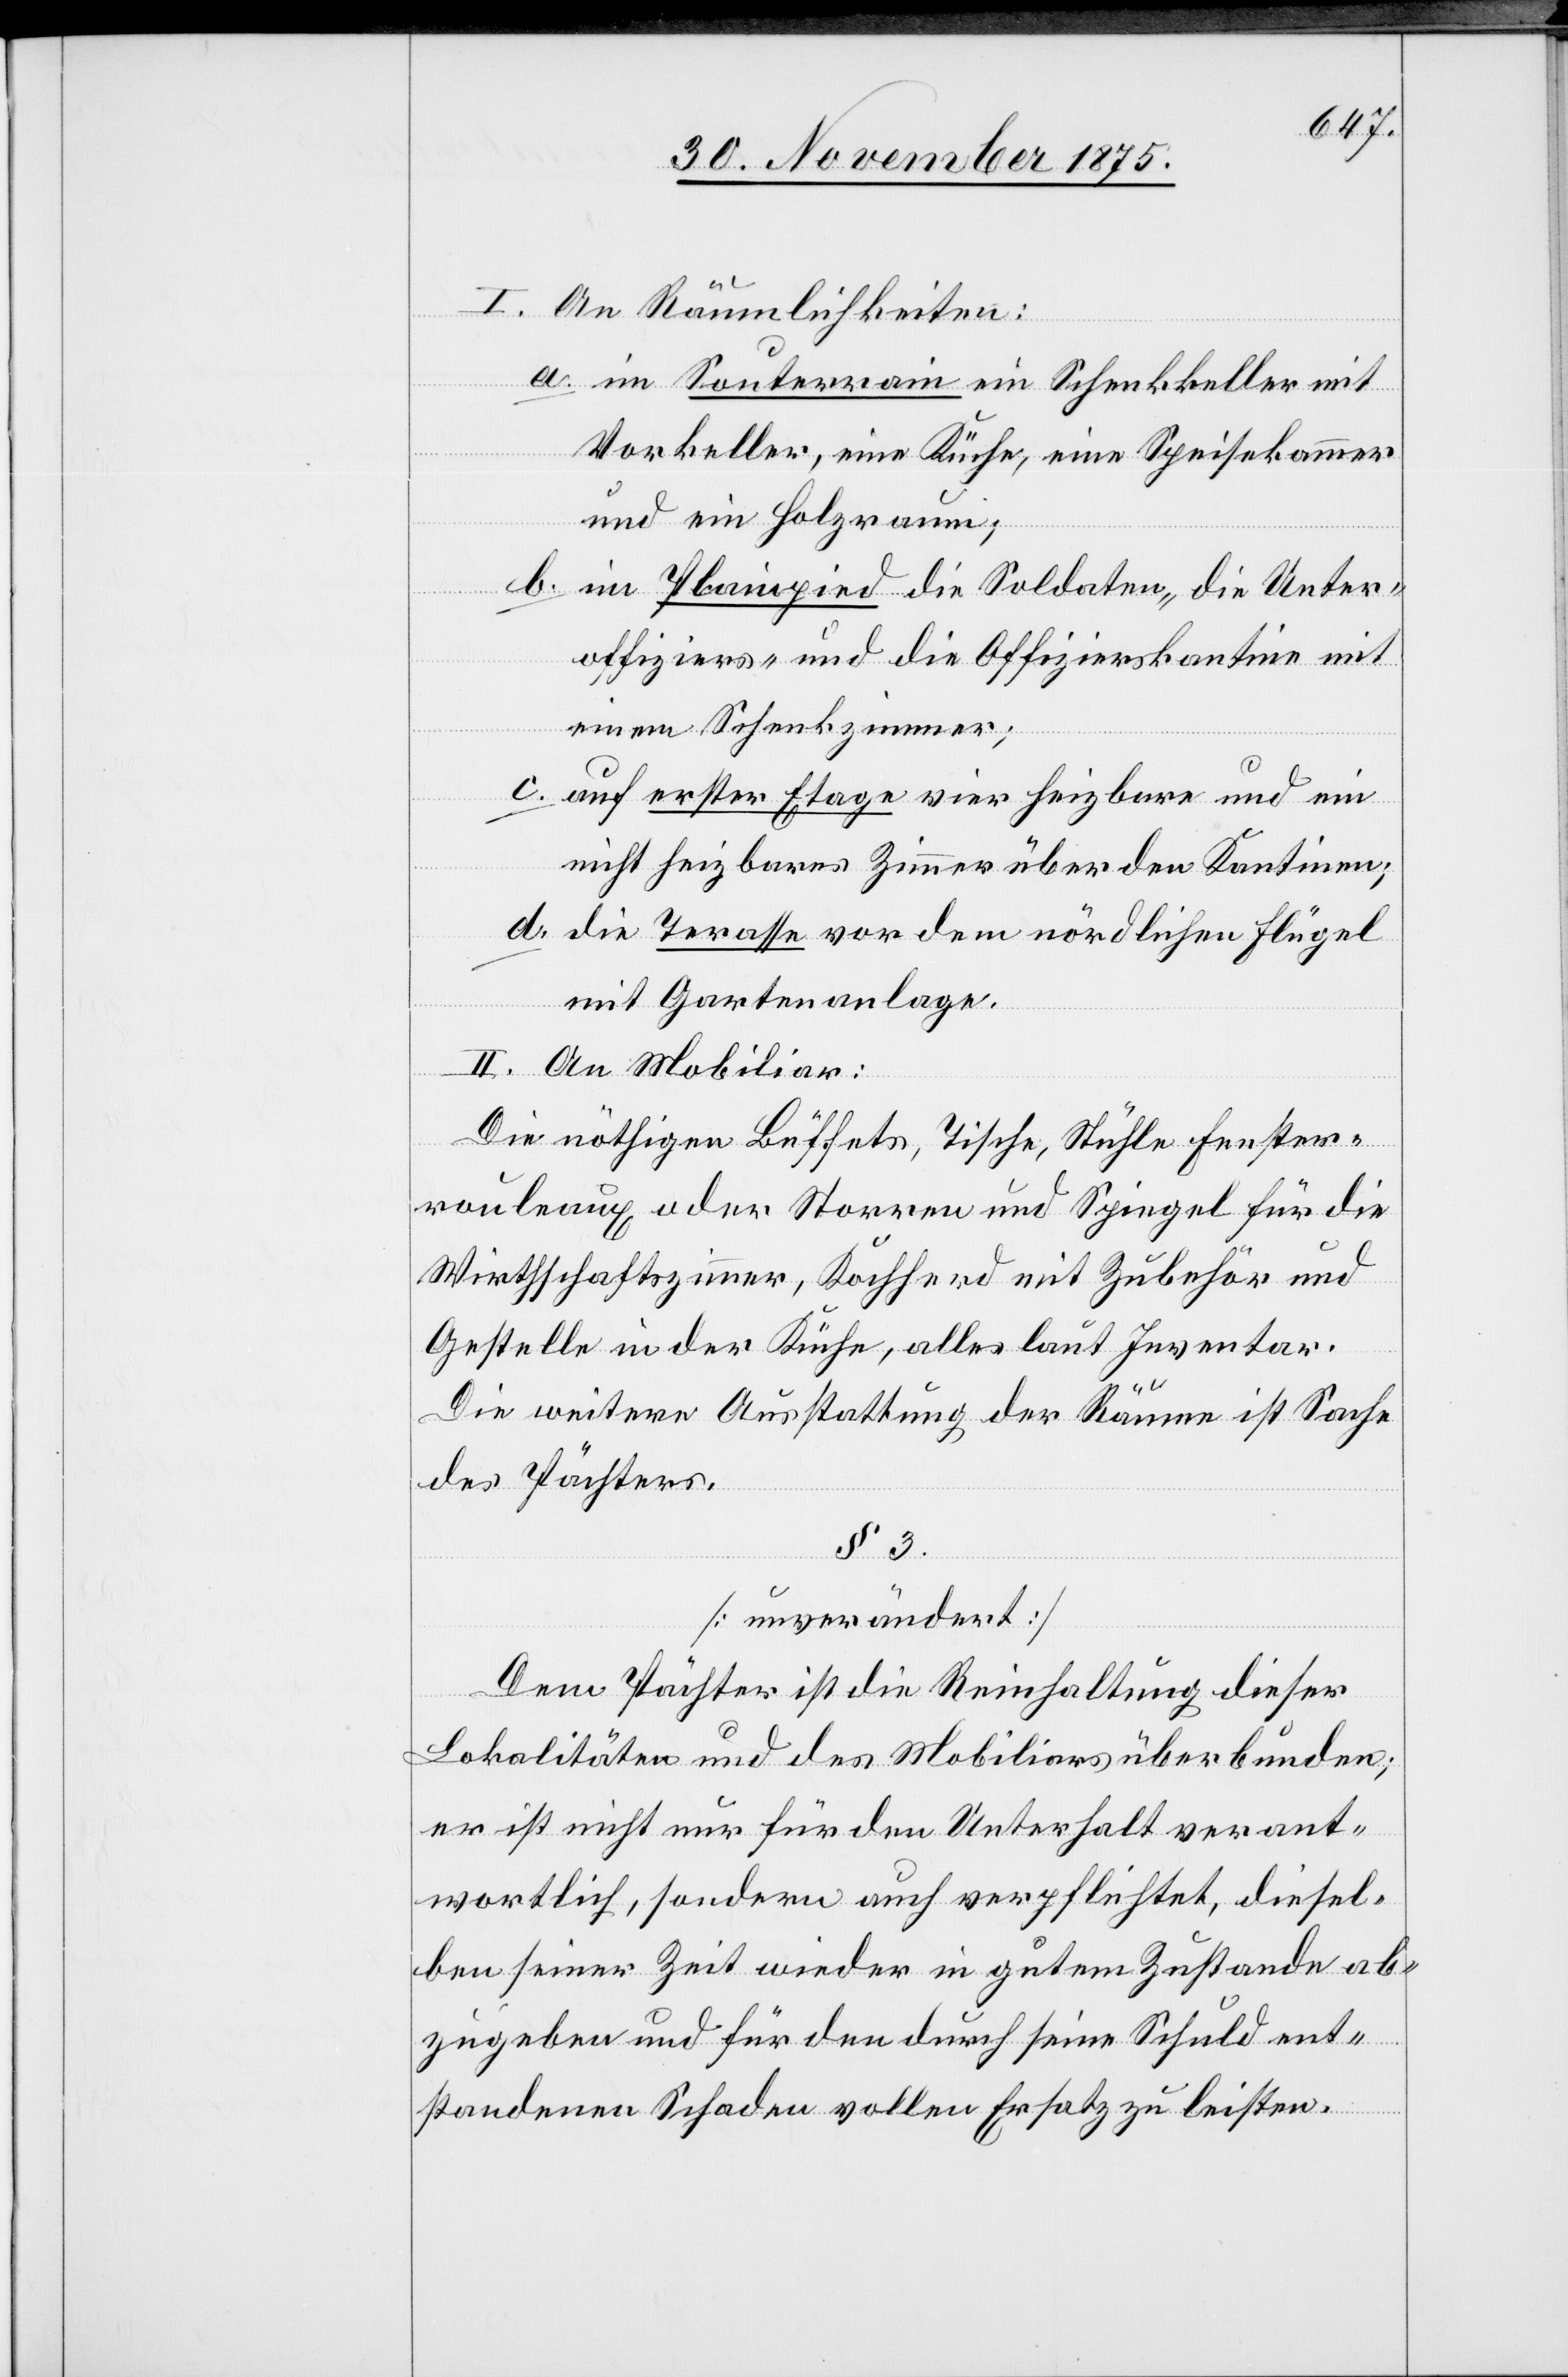
I. An Räumlichkeiten:
a. im Souterrain ein Schenkkeller mit
Vorkeller, eine Küche, eine Speisekammer
und ein Holzraum;
b. im Plainpied die Soldaten-[,] die Unter¬
offiziers- und die Offizierskantine mit
einem Schenkzimmer;
c. auf erster Etage vier heizbare und ein
nicht heizbares Zimmer über den Kantinen;
d. die Terasse vor dem nördlichen Flügel
mit Gartenanlage.
3.
II. An Mobiliar:
Die nöthigen Büffets, Tische, Stühle[,] Fenster¬
rouleaux oder Storren und Spiegel für die
Wirthschaftszimmer, Kochherd mit Zubehör und
Gestelle in der Küche, alles laut Inventar.
Die weitere Ausstattung der Räume ist Sache
des Pächters.
[unverändert]
Dem Pächter ist die Reinhaltung dieser
Lokalitäten und des Mobiliars überbunden;
er ist nicht nur für den Unterhalt verant¬
wortlich, sondern auch verpflichtet, diesel¬
ben seiner Zeit wieder in gutem Zustande ab¬
zugeben und für den durch seine Schuld ent¬
standenen Schaden vollen Ersatz zu leisten.